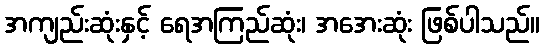
အကျည်းဆုံးနှင့် ရေအကြည်ဆုံး၊ အအေးဆုံး ဖြစ်ပါသည်။